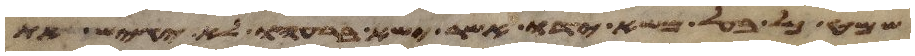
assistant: שמט כל בעל משא ידו אשר ישא ברעהו לא יגש את